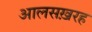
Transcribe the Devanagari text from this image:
आलसख़रह